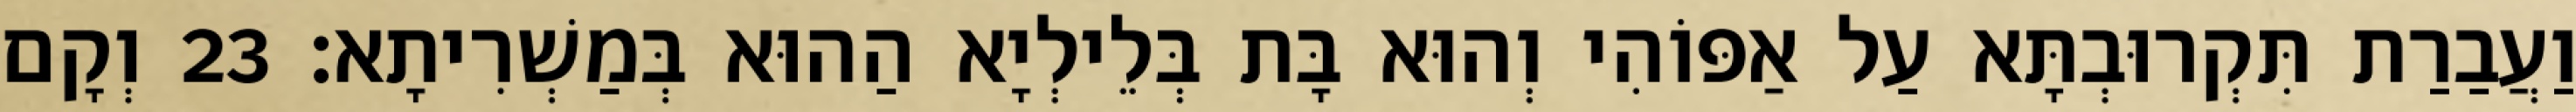
וַעֲבַרַת תִּקְרוּבְתָּא עַל אַפּוֹהִי וְהוּא בָּת בְּלֵילְיָא הַהוּא בְּמַשְׁרִיתָא׃ 23 וְקָם